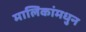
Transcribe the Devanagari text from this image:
मालिकांमधुन